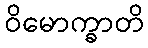
ဝိမောက္ခာတိ